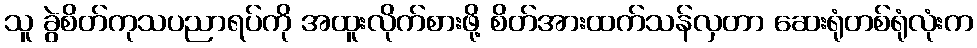
သူ ခွဲစိတ်ကုသပညာရပ်ကို အထူးလိုက်စားဖို့ စိတ်အားထက်သန်လှတာ ဆေးရုံတစ်ရုံလုံးက